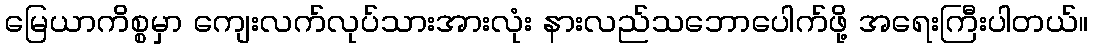
မြေယာကိစ္စမှာ ကျေးလက်လုပ်သားအားလုံး နားလည်သဘောပေါက်ဖို့ အရေးကြီးပါတယ်။